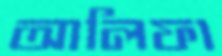
আলিফা